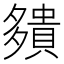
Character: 㚍